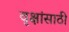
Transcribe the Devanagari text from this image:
वृक्षांसाठी